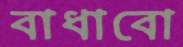
বাধাবো